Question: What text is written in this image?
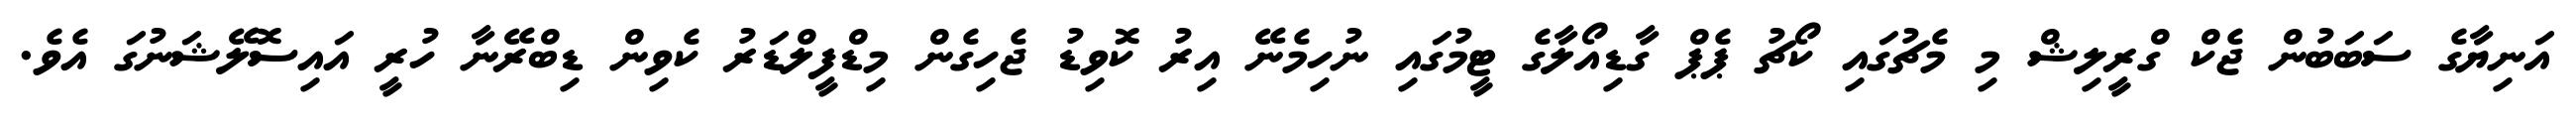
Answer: އަނިޔާގެ ސަބަބުން ޖެކް ގްރީލިޝް މި މެޗުގައި ކޯޗު ޕެޕް ގާޑިއޯލާގެ ޓީމުގައި ނުހިމެނޭ އިރު ކޮވިޑު ޖެހިގެން މިޑްފީލްޑަރު ކެވިން ޑިބްރޭނާ ހުރީ އައިސޮލޭޝަނުގަ އެވެ.